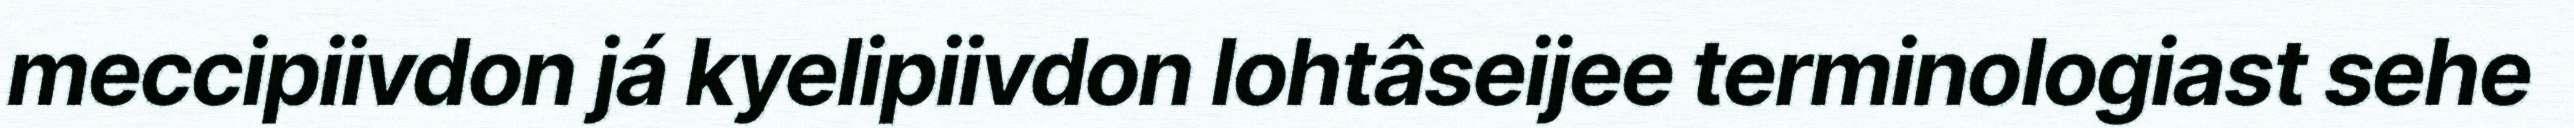
meccipiivdon já kyelipiivdon lohtâseijee terminologiast sehe